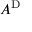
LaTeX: A ^ { \mathrm { D } }